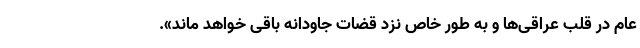
عام در قلب عراقی‌ها و به طور خاص نزد قضات جاودانه باقی خواهد ماند».